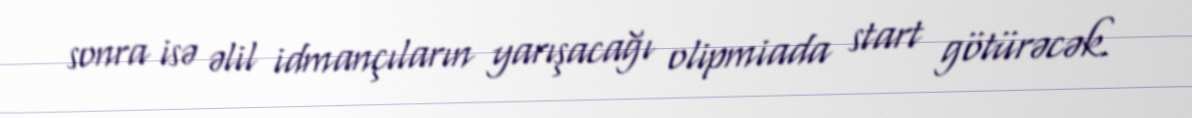
sonra isə əlil idmançıların yarışacağı olipmiada start götürəcək.